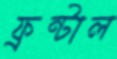
ফ্রন্টাল